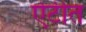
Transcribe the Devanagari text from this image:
ऐटीत